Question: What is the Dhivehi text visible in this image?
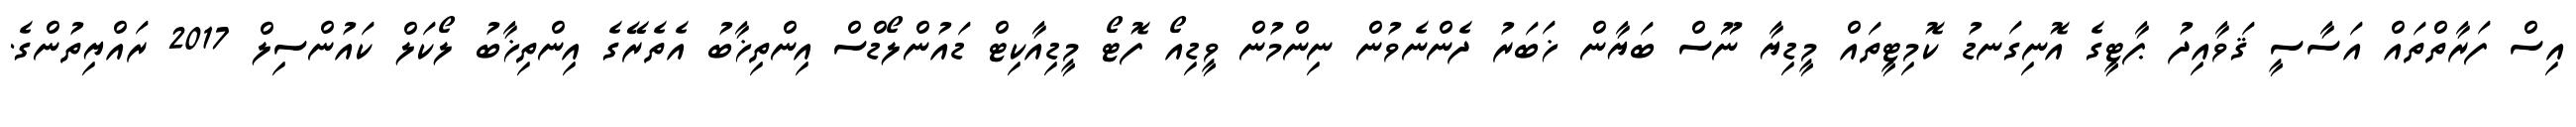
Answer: އިސް ފަރާތްތައް އަސާސީ ޤަވާއިދު ޕާޓީގެ އޮނިގަނޑު ކޮމިޓީތައް މީޑިޔާ ނޫސް ބަޔާން ޚަބަރު ދެންނެވުން ނިންމުން ވީޑިއޯ ފޮޓޯ މީޑިއާކިޓް ޑައުންލޯޑްސް އިންތިޚާބު އެތެރޭގެ އިންތިޚާބު ލޯކަލް ކައުންސިލް 2017 ރައްޔިތުންގެ.